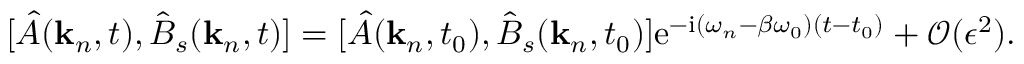
\begin{array} { r } { [ \hat { A } ( \mathbf { k } _ { n } , t ) , \hat { B } _ { s } ( \mathbf { k } _ { n } , t ) ] = [ \hat { A } ( \mathbf { k } _ { n } , t _ { 0 } ) , \hat { B } _ { s } ( \mathbf { k } _ { n } , t _ { 0 } ) ] \mathrm { e } ^ { - \mathrm { i } ( \omega _ { n } - \beta \omega _ { 0 } ) ( t - t _ { 0 } ) } + \mathcal { O } ( \epsilon ^ { 2 } ) . } \end{array}